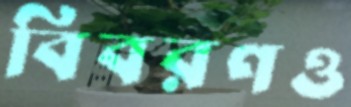
বিবরণও